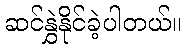
ဆင်နွှဲနိုင်ခဲ့ပါတယ်။